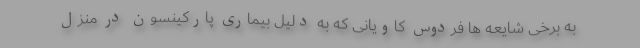
به برخی شایعه ها فردوس کاویانی که به دلیل بیماری پارکینسون در منزل